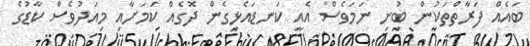
ބައެއް ފަރާތްތަކުން ބުނި ނަމަވެސް އެއީ ކަނޑައެޅިގެން ދޮގެއް ކަމަށާއި މިއަދުވެސް ކާޑުގެ